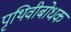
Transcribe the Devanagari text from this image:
पृथिवीबोधक